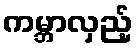
ကမ္ဘာလှည့်